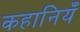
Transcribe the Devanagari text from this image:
कहानियँ